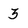
Character: 3